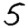
Digit: 5